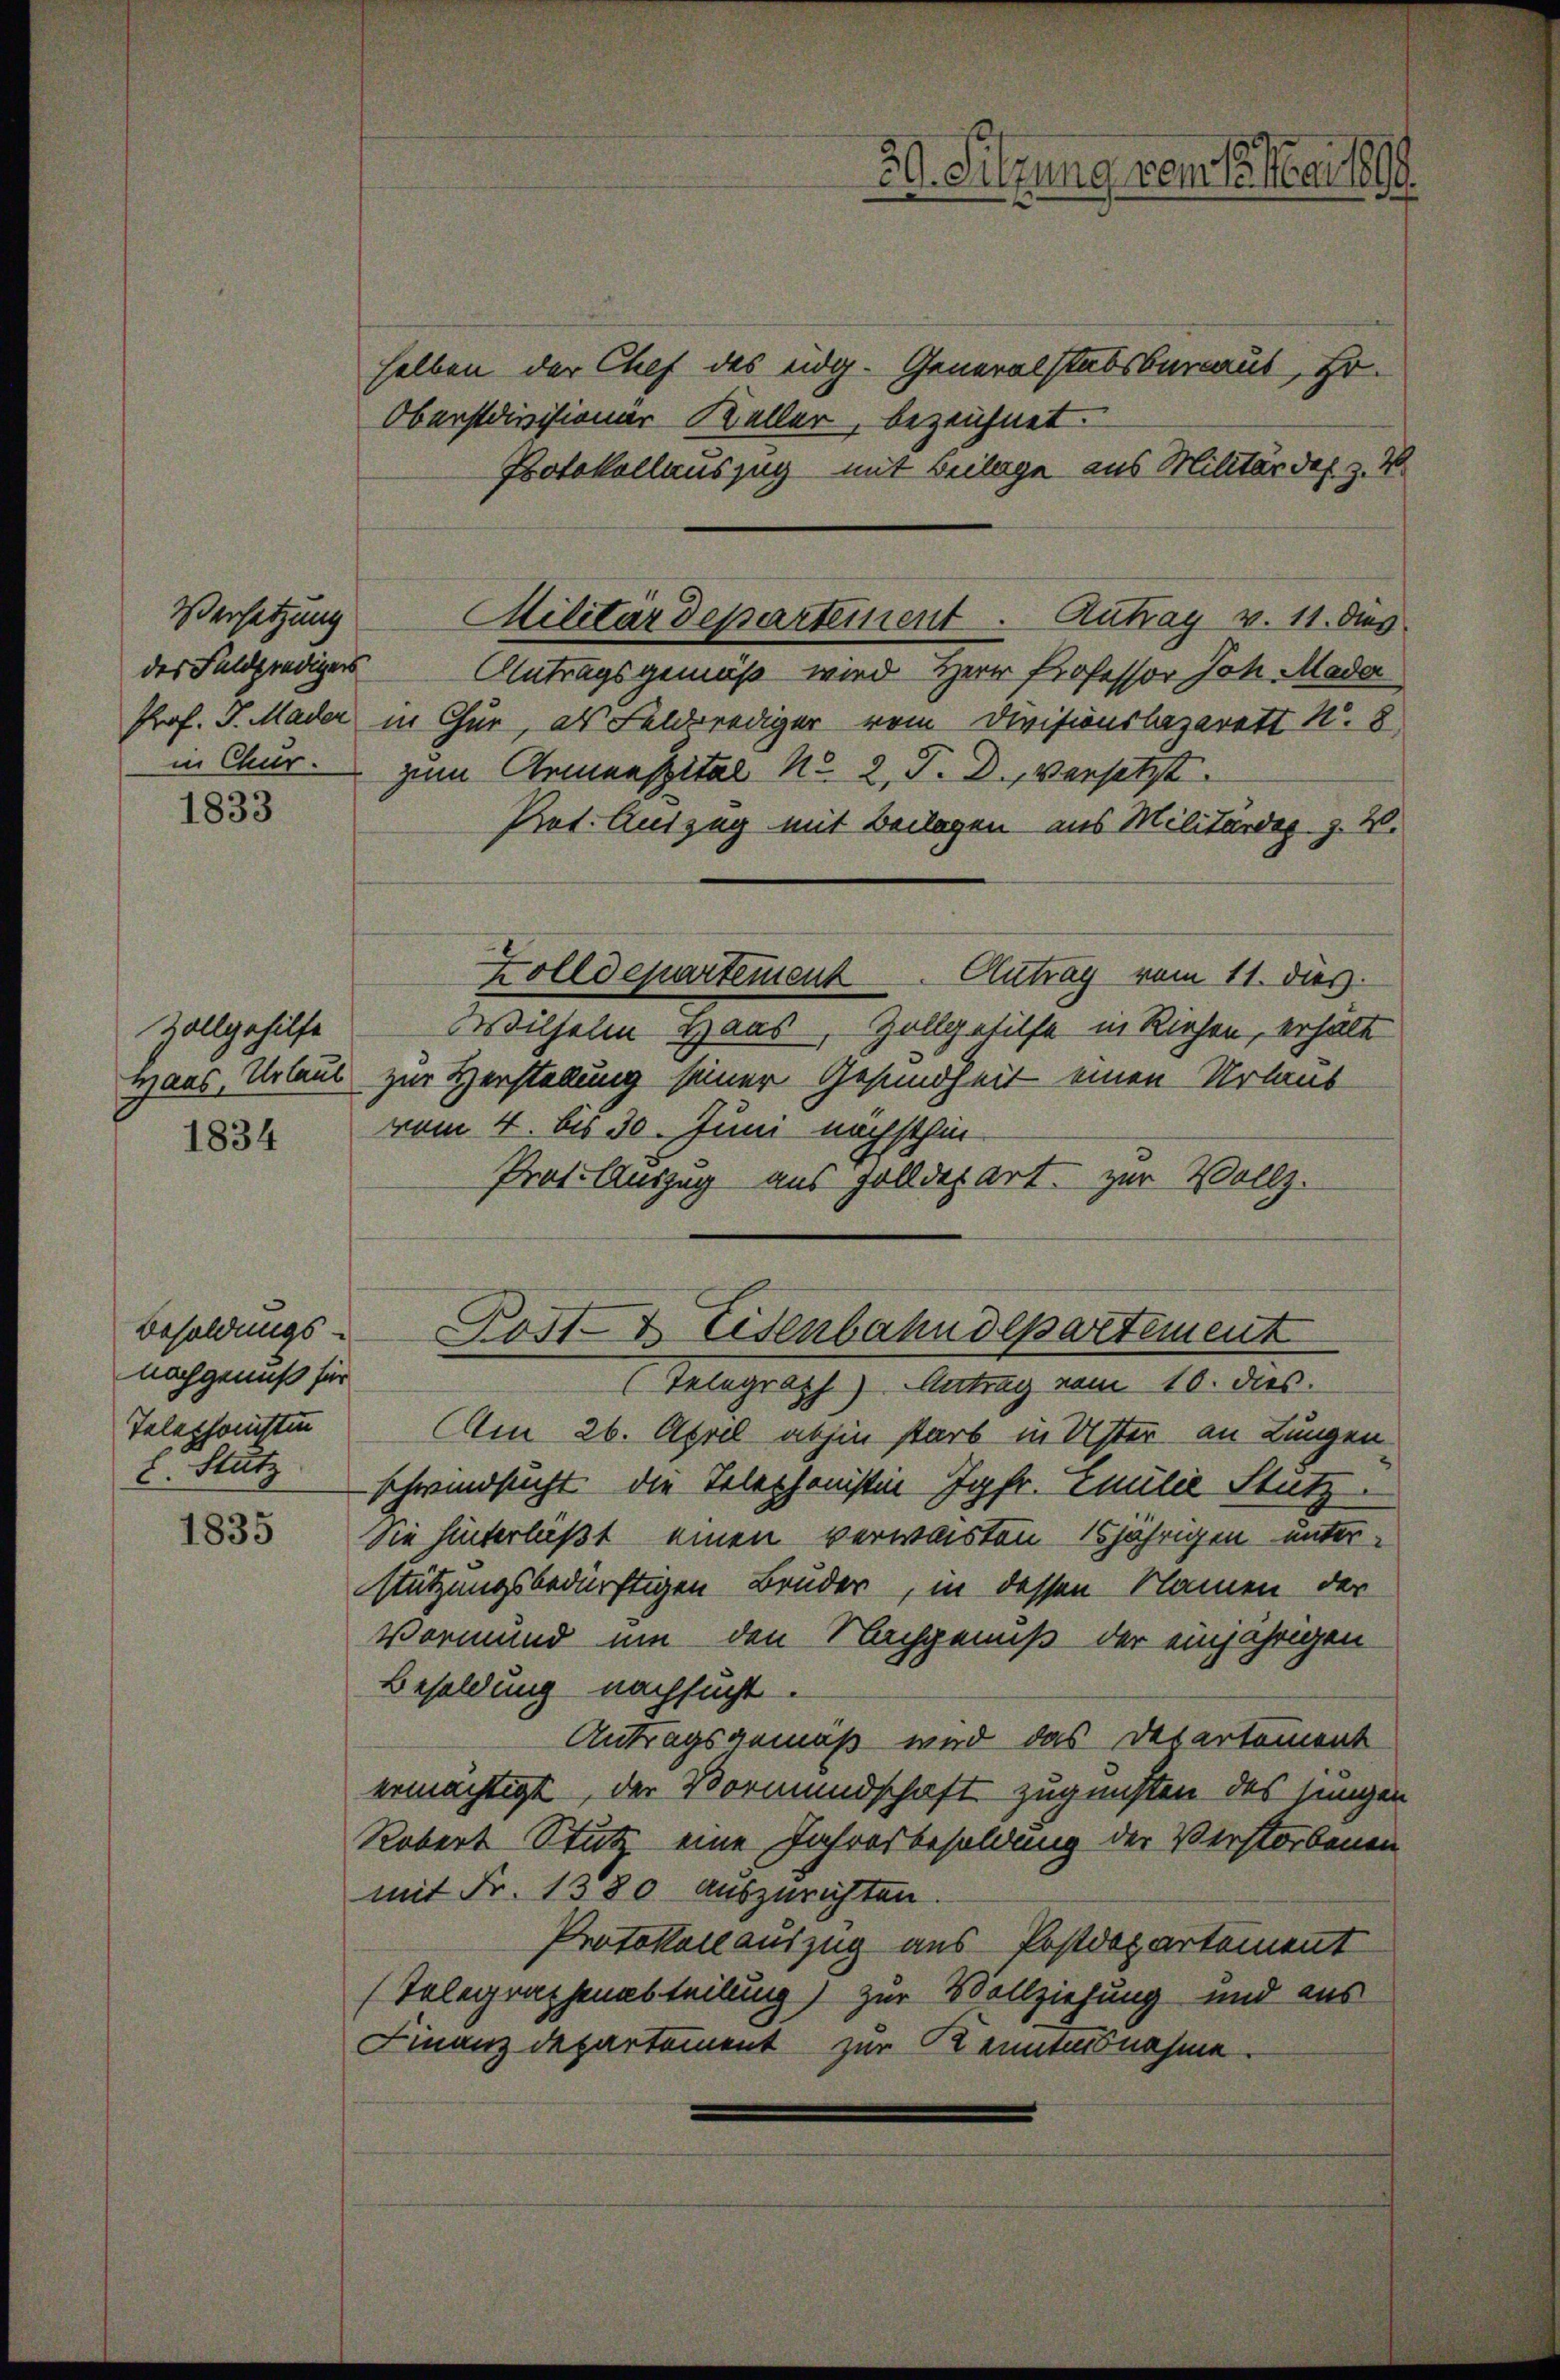
Versetzung
des Feldpredigers
in Chur¬

1833

Zollgehilfe
waas, Urlaub

1834

Besoldungs-
nachgenuß für
Telephonisten
E. Stutz

1835

selben der Chef des eidg. Generalstabsberaus, Hr.
Oberstdivisioner Keller, bezeichnet.
Protokollauszug mit Beilage aus Militär des z. B.
Antragsgemäß wird Herr Professor Joh. Mada
Prof. J. Mader in Chur, als Feldprediger vom Divisionsbazarett N. 8,
zum Armenspital No 2, S. D., versetzt.
Prot. Auszug mit Beilagen aus Militärdig. Z. 20.
Zolldepartement
Autrag vom 11. dies
Wilhelm Haus, Zollgehilfe in Riehen, erhält
zur Verstellung seiner Gesundheit einen Urlaub
vom 4. bis 30. Juni nächsthin
Prot. Auszug aus Zolldepart. zur Vollz.

Militärdeparteinent. Antrag v. 11. dies

30. Sitzung vom 1. Mai 1890.

Post- & Eisenbahndepartement
(Telegraph Antrag vom 10. dies

Am 26. April abhin starb in Uster an Lungen
schwindsucht die Telephonistin Jgfr. Emilie Stutz
Sie hinterläßt einen verwaisten 15jährigen unterstützungsbedürftigen Brüder, in dessen Namen der
Vormund um den Nachgenuß der einjährigen
Besoldung nachsucht.
Antragsgemäß wird das Departement
ermächtigt, der Vormundschaft zugunsten des jungen
Robert Stutz eine Jahresbesoldung der Verstorbenen
mit Fr. 1380 auszurichten.
Protokollauszug aus Postdepartement
(Telegraphenabteilung) zur Vollziehung und aus
Finanzdepartement zur Kenntnisnahme.